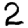
Digit: 2